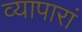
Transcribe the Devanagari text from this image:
व्यापारां